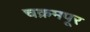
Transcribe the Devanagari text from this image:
चक्रमपूर